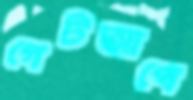
গেটআপে